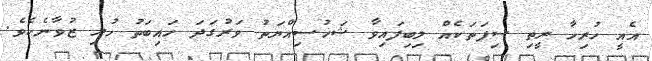
އެއީ ހުރިހާ ރީތި ސިފަތަކެއް ލިބިފައިވާ ޝަޚުސިއްޔަތު ވަރުގަދަ ހައިބަތު ހުރި ޒުވާނެކެވެ.